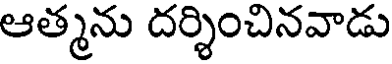
ఆత్మను దర్శించినవాడు